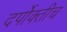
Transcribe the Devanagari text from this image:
दर्पोक्तीच